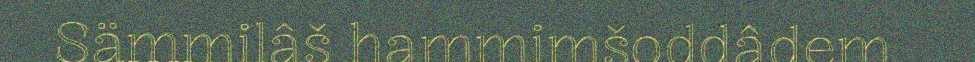
Sämmilâš hammimšoddâdem